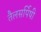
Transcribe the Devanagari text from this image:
तैलसर्पिषी